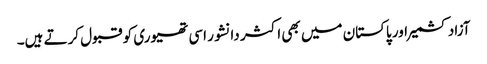
آزاد کشمیر اور پاکستان میں بھی اکثر دانشور اسی تھیوری کو قبول کرتے ہیں۔